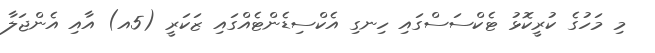
މި މަހުގެ ކުރީކޮޅު ޓެކްސަސްގައި ހިނގި އެކްސިޑެންޓެއްގައި ޒަކަރީ (5އ) އާއި އެންޖަލާ